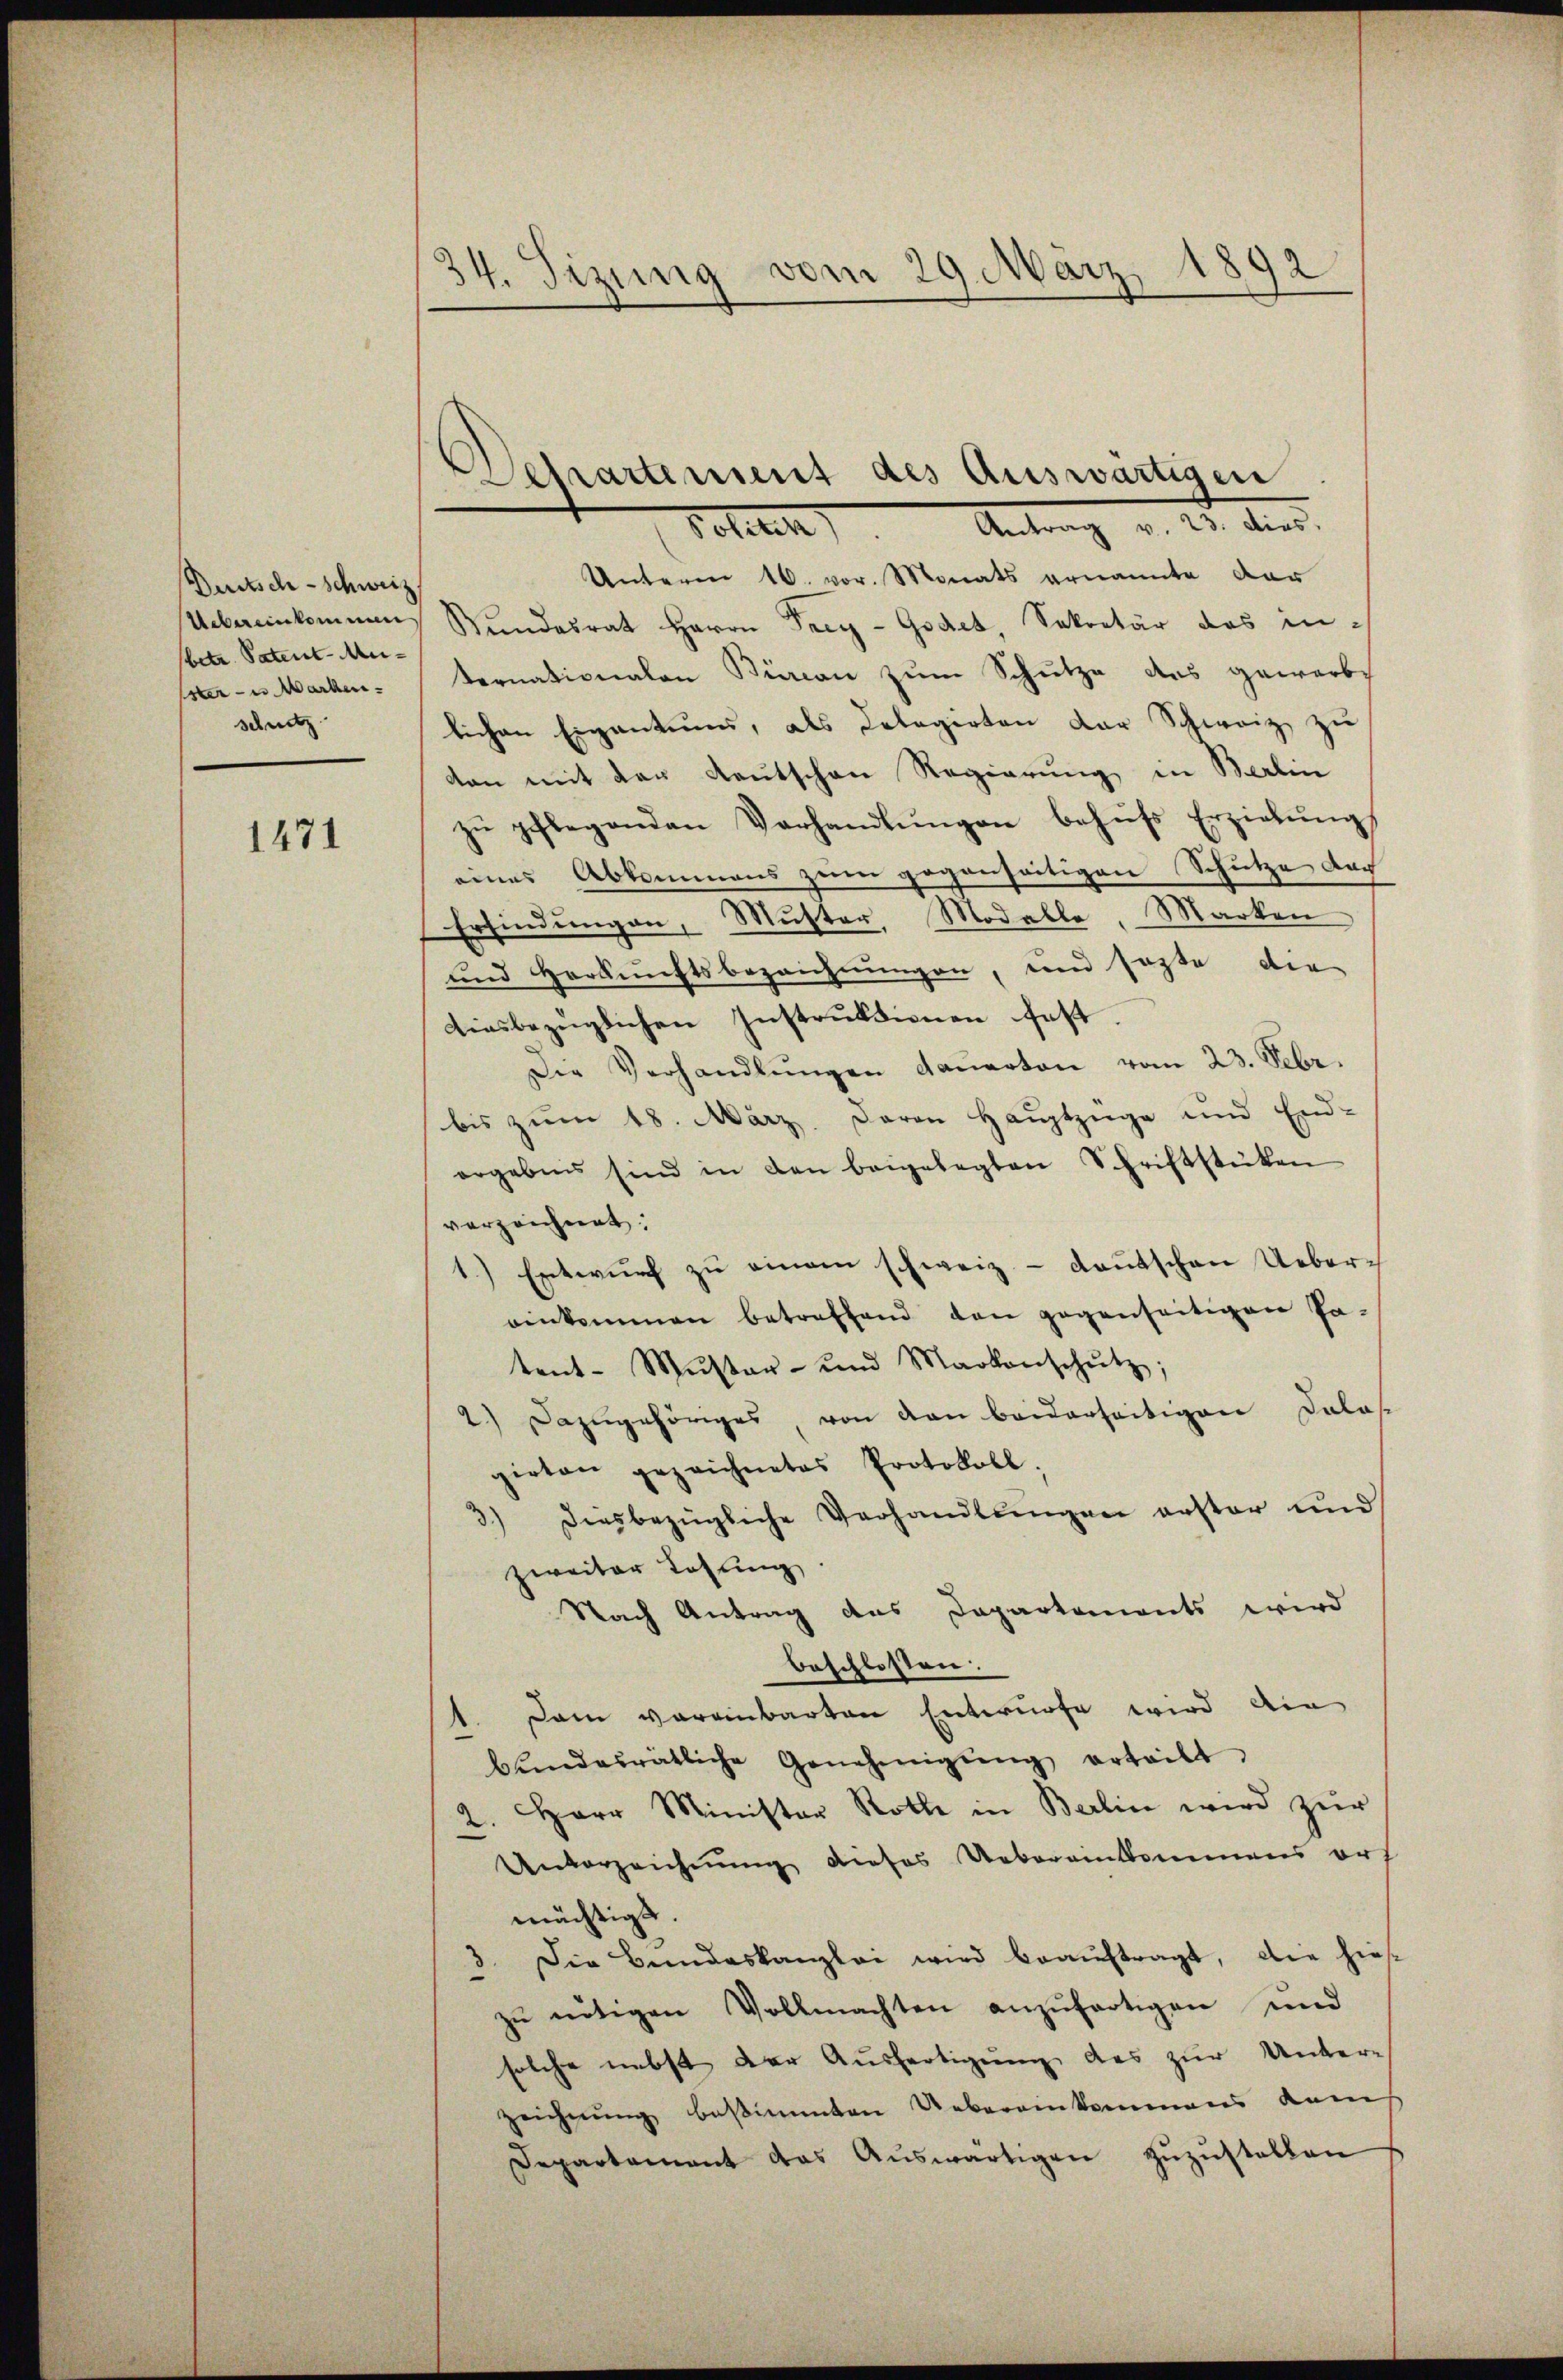
Deutsch-schweiz
Uebereinkommun
betr. Patent-Mu-
Ester- u Marken.
schnitz

1471

34. Sizung vom 29. März 1892

Departement des Auswärtigen
Toilet        Antrag v. 23. dies

Unterm 16. vor. Monats ernannte dar
Wundesrat Herrn Frey-Godet Sekretär das internationalen Bürcan zum Schutze des gewerb
lichen Eigentums, als Delegirten der Schweiz zu
den mit der Reutschen Regierung in Berlin
zŭ pflegenden Verhandlŭngen behŭfs Erziehŭng
eines Abkommens zum gegenseitigen Schutze durch
Erfindungen, Muster, Modelle, Marken
und Herkunftsbezeichnungen, und sagte die
tiesbezüglichen Instruktionen fest.
Die Verhandlŭngen dauerton vom 23. Febr.
bis zŭm 18. März davon Haŭptzüge und End-
ergebens sind in den beigelegten Schriftstücken
verzeichnet:
Entwŭrf zu einem schweiz.- Kautschen Uebereinkommen betreffend den gegenseitigen Pa-
tent-Mŭster- und Markonschŭtz;
2.) Dazugehöriges von den beiderseitigen dolos.
girten gezeichnetes Protokoll.
diesbezügliche Verhandlungen erster und
zweiter Losung
Nach Antrag des Departements wird
beschlossen:
1. Dann voreinbarten Entwurfe wird die
bŭndesrätliche Genehmigŭng erteilt
2. Herr Minister Rothe in Berlin wird zŭr
Unterzeichnung dieses Uebereinkommens ers
mächtigt
3. Die Bundeskanzlei wird beauftragt, die hies
zu nötigen Vollmachten anzufertigen und
solche nebst der Ausfertigung des zur Unterzeichnung bestimmten Uebereinkommens dem
Departament das Aŭswärtigen zŭzŭstellen